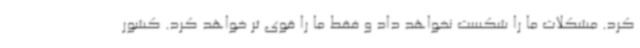
کرد. مشکلات ما را شکست نخواهد داد و فقط ما را قوی تر خواهد کرد. کشور